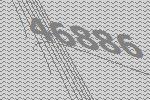
46886